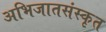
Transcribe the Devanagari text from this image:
अभिजातसंस्कृत